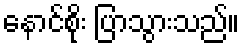
နောင်စိုး ပြာသွားသည်။